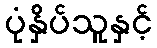
ပုံနှိပ်သူနှင့်